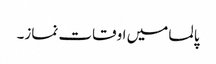
پالما میں اوقات نماز۔